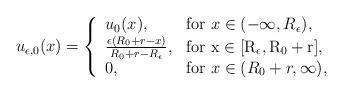
LaTeX: \begin{align*}u_{\epsilon,0}(x)=\left\{\begin{array}{ll}u_0(x), & {\rm for} \ x\in(-\infty,R_{\epsilon}),\\ \frac{\epsilon(R_0+r-x)}{R_0+r-R_{\epsilon}}, & \rm{for} \ x\in[R_{\epsilon},R_0+r], \\ 0, & {\rm for} \ x\in(R_0+r,\infty),\end{array}\right.\end{align*}